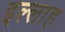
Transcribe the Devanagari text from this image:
इल्लाह